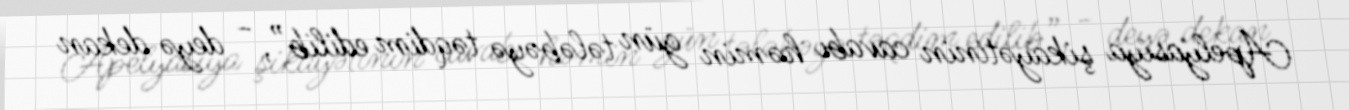
Apelyasiya şikayətinin cavabı həmin gün tələbəyə təqdim edilib”, - deyə dekan